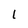
Character: l